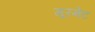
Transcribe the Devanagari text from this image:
गूरमेट